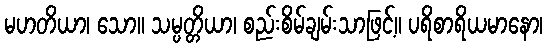
မဟတိယာ၊ သော။ သမ္ပတ္တိယာ၊ စည်းစိမ်ချမ်းသာဖြင့်။ ပရိစာရိယမာနော၊